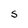
Character: S